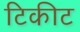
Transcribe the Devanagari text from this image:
टिकीट